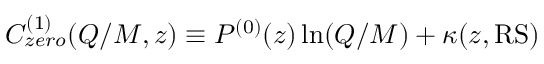
C _ { z e r o } ^ { ( 1 ) } ( Q / M , z ) \equiv P ^ { ( 0 ) } ( z ) \ln ( Q / M ) + \kappa ( z , \mathrm { R S } )